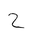
Letter: _ha